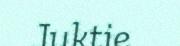
Juktie